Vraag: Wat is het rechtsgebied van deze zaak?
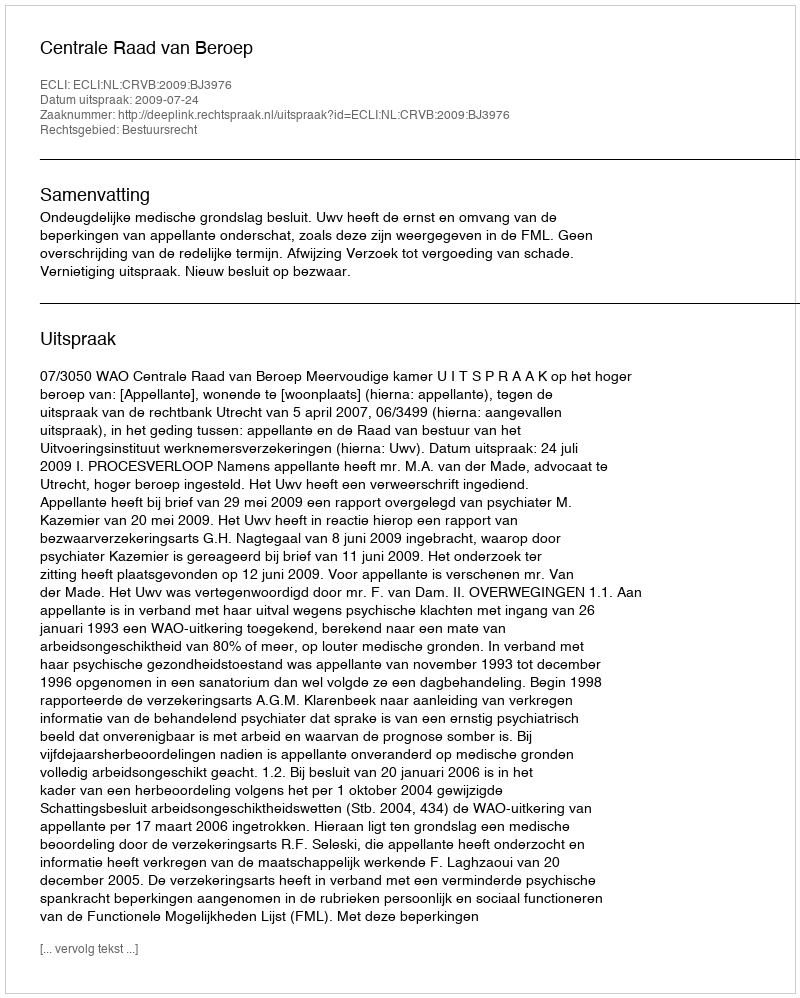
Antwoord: Bestuursrecht